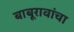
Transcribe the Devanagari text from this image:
बाबूरावांचा